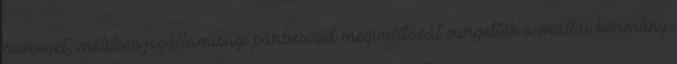
szöveget, melyben jogállamisági párbeszéd megindítását sürgették a máltai kormány